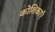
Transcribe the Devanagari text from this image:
कोशिकाऍं